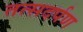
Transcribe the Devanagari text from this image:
तत्सदर्पण